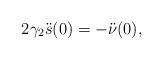
LaTeX: \begin{align*}2\gamma_2\ddot s(0) = -\ddot{\nu}(0),\end{align*}